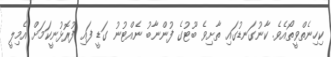
ކިހިނެތްވީތޯއެވެ. ކާނުގަނޑުގައި ތާށިވެ ބޫޓުގެ ފުންނާބު ނެއްޓުނު ގަޑީ ފައި ފުރޮޅުނީކަމަށް އެމިލީ